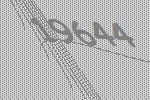
19644